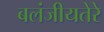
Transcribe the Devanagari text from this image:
बलंजीयतेरे